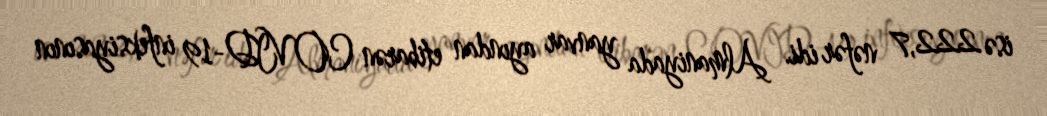
isə 222,7 nəfər idi. Almaniyada yanvar ayından etibarən COVID-19 infeksiyasının